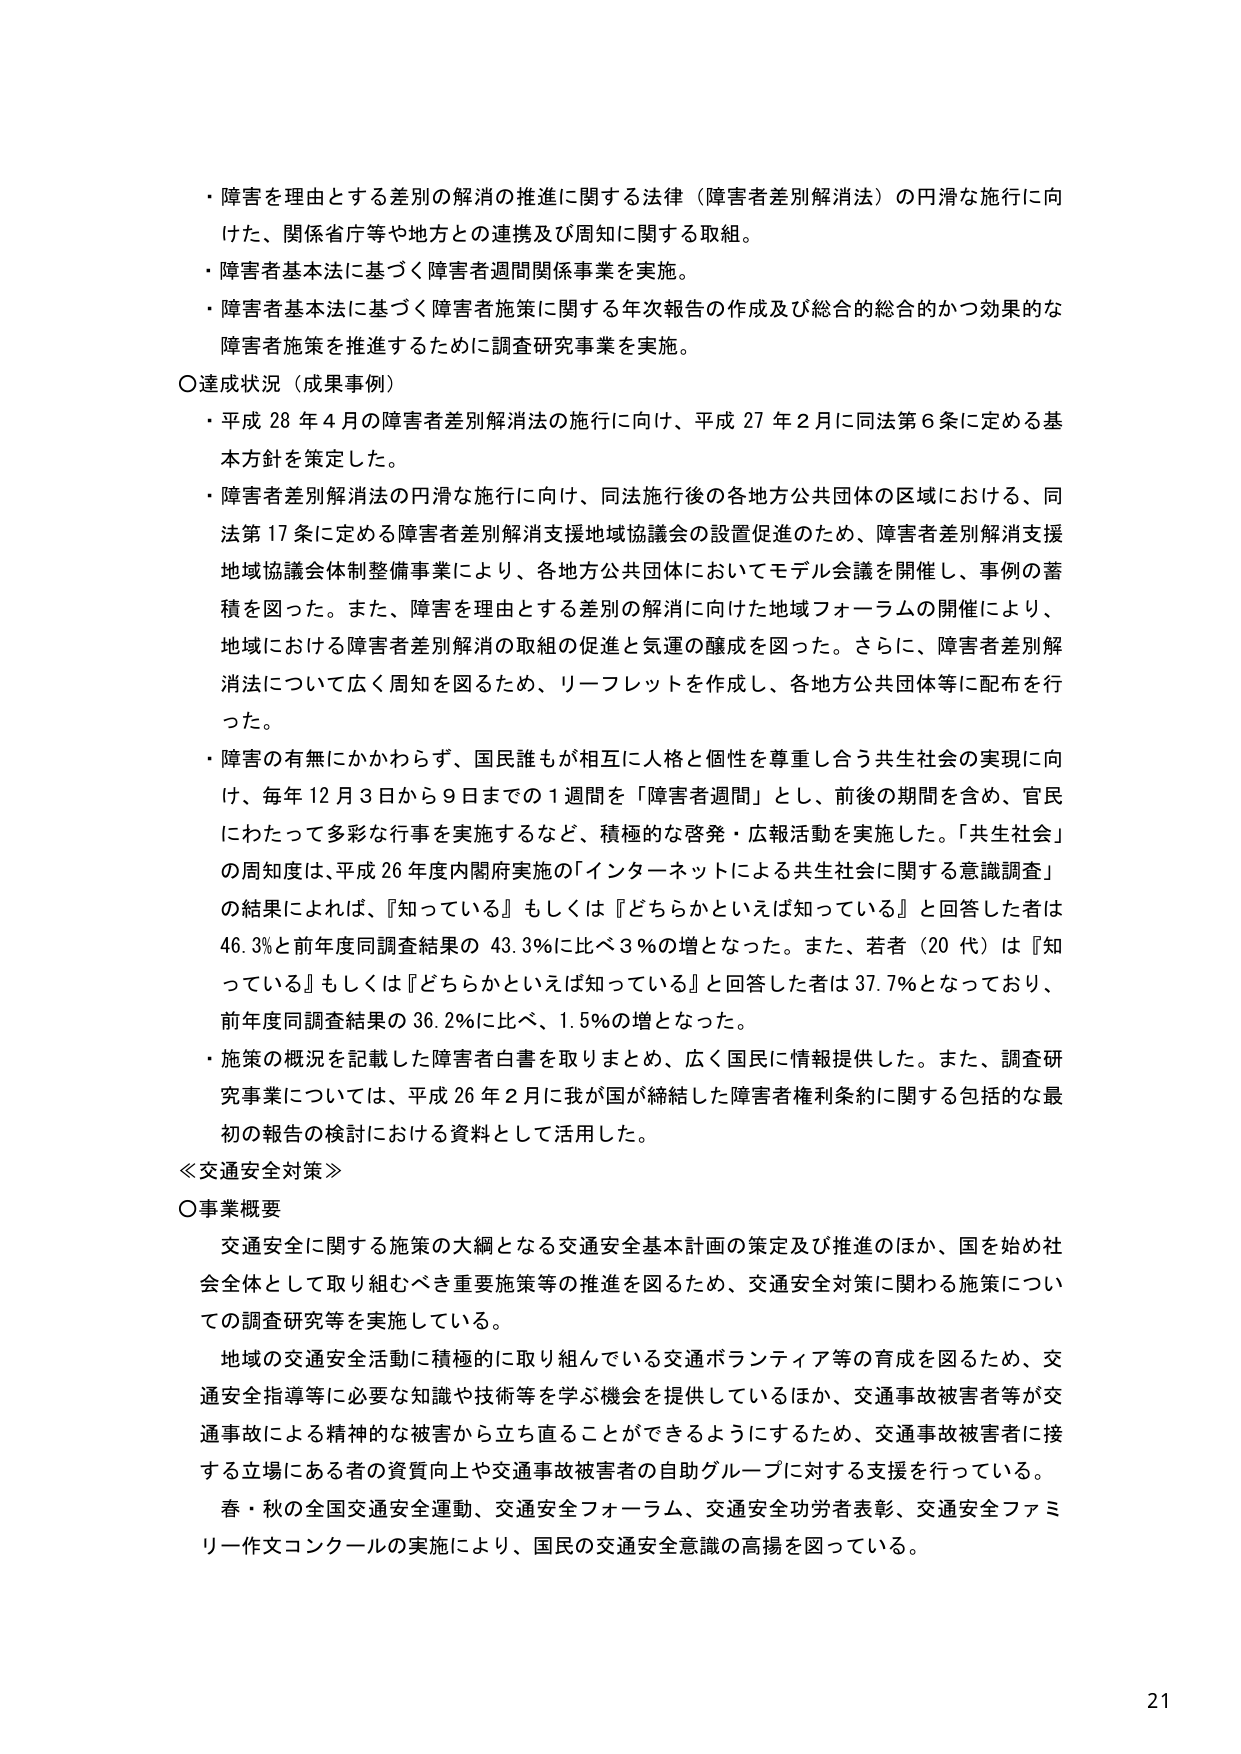
・障害を理由とする差別の解消の推進に関する法律（障害者差別解消法）の円滑な施行に向けた、関係省庁等や地方との連携及び周知に関する取組。
・障害者基本法に基づく障害者週間関係事業を実施。
・障害者基本法に基づく障害者施策に関する年次報告の作成及び総合的総合的かつ効果的な障害者施策を推進するために調査研究事業を実施。

○達成状況（成果事例）
・平成28年4月の障害者差別解消法の施行に向け、平成27年2月に同法第6条に定める基本方針を策定した。
・障害者差別解消法の円滑な施行に向け、同法施行後の各地方公共団体の区域における、同法第17条に定める障害者差別解消支援地域協議会の設置促進のため、障害者差別解消支援地域協議会体制整備事業により、各地方公共団体においてモデル会議を開催し、事例の蓄積を図った。また、障害を理由とする差別の解消に向けた地域フォーラムの開催により、地域における障害者差別解消の取組の促進と気運の醸成を図った。さらに、障害者差別解消法について広く周知を図るため、リーフレットを作成し、各地方公共団体等に配布を行った。
・障害の有無にかかわらず、国民誰もが相互に人格と個性を尊重し合う共生社会の実現に向け、毎年12月3日から9日までの1週間を「障害者週間」とし、前後の期間を含め、官民にわたって多彩な行事を実施するなど、積極的な啓発・広報活動を実施した。「共生社会」の周知度は、平成26年度内閣府実施の「インターネットによる共生社会に関する意識調査」の結果によれば、「知っている」もしくは「どちらかといえば知っている」と回答した者は46.3％と前年度同調査結果の43.3％に比べ3％の増となった。また、若者（20代）は「知っている」もしくは「どちらかといえば知っている」と回答した者は37.7％となっており、前年度同調査結果の36.2％に比べ、1.5％の増となった。
・施策の概況を記載した障害者白書を取りまとめ、広く国民に情報提供した。また、調査研究事業については、平成26年2月に我が国が締結した障害者権利条約に関する包括的な最初の報告の検討における資料として活用した。

≪交通安全対策≫
○事業概要
交通安全に関する施策の大綱となる交通安全基本計画の策定及び推進のほか、国を始め社会全体として取り組むべき重要施策等の推進を図るため、交通安全対策に関する施策についての調査研究等を実施している。
地域の交通安全活動に積極的に取り組んでいる交通ボランティア等の育成を図るため、交通安全指導等に必要な知識や技術等を学ぶ機会を提供しているほか、交通事故被害者等が交通事故による精神的な被害から立ち直ることができるようとするため、交通事故被害者に接する立場にある者の資質向上や交通事故被害者の自助グループに対する支援を行っている。
春・秋の全国交通安全運動、交通安全フォーラム、交通安全功労者表彰、交通安全ファミリー作文コンクールの実施により、国民の交通安全意識の高揚を図っている。

21